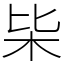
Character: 枈